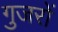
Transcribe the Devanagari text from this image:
गुजरों